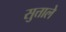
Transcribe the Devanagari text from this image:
सुत्ताले